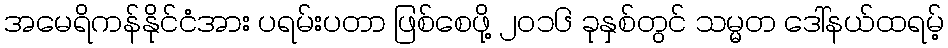
အမေရိကန်နိုင်ငံအား ပရမ်းပတာ ဖြစ်စေဖို့ ၂၀၁၆ ခုနှစ်တွင် သမ္မတ ဒေါ်နယ်ထရမ့်